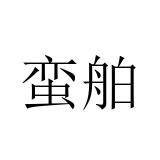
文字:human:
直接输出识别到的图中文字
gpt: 蛮舶